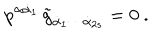
p ^ { \alpha \dot { \alpha } _ { 1 } } \, \tilde { g } _ { \dot { \alpha } _ { 1 } \cdots \dot { \alpha } _ { 2 s } } = 0 \ .